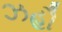
ઝહૌ